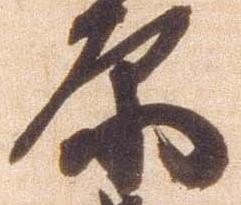
原